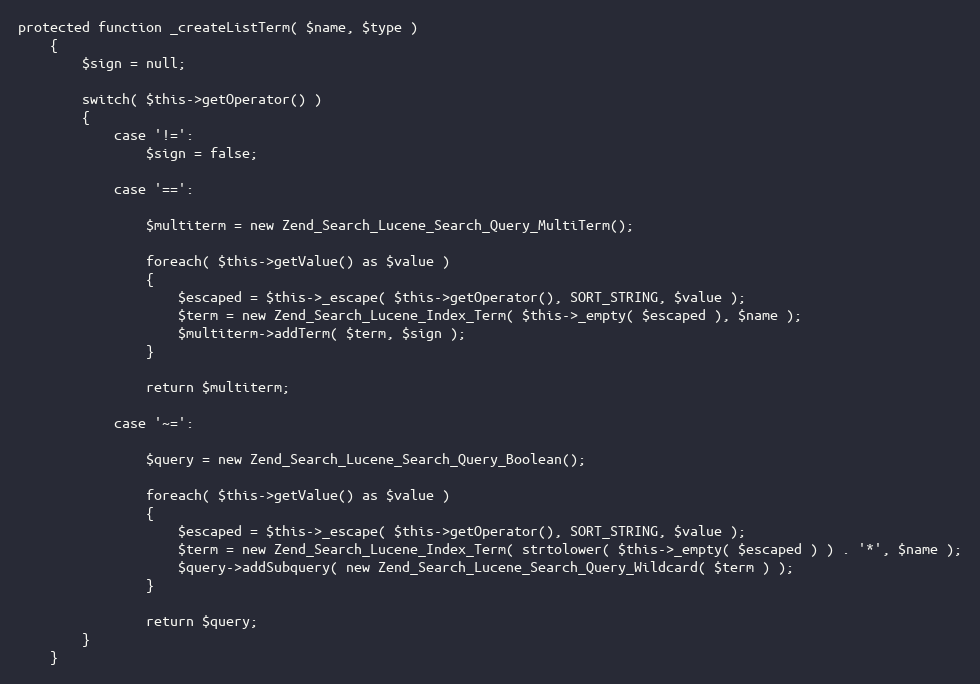
Language: PHP
protected function _createListTerm( $name, $type )
	{
		$sign = null;

		switch( $this->getOperator() )
		{
			case '!=':
				$sign = false;

			case '==':

				$multiterm = new Zend_Search_Lucene_Search_Query_MultiTerm();

				foreach( $this->getValue() as $value )
				{
					$escaped = $this->_escape( $this->getOperator(), SORT_STRING, $value );
					$term = new Zend_Search_Lucene_Index_Term( $this->_empty( $escaped ), $name );
					$multiterm->addTerm( $term, $sign );
				}

				return $multiterm;

			case '~=':

				$query = new Zend_Search_Lucene_Search_Query_Boolean();

				foreach( $this->getValue() as $value )
				{
					$escaped = $this->_escape( $this->getOperator(), SORT_STRING, $value );
					$term = new Zend_Search_Lucene_Index_Term( strtolower( $this->_empty( $escaped ) ) . '*', $name );
					$query->addSubquery( new Zend_Search_Lucene_Search_Query_Wildcard( $term ) );
				}

				return $query;
		}
	}